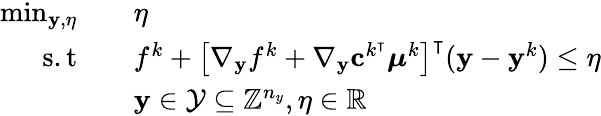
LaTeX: \begin{array}{rl}{\operatorname*{min}_{\mathbf{y},\eta}}&{\quad\eta}\\ {\mathrm{s.t}}&{\quad f^{k}+\left[\nabla_{\mathbf{y}}f^{k}+\nabla_{\mathbf{y}}\mathbf{c}^{k^{\intercal}}\boldsymbol{\mu}^{k}\right]^{\intercal}(\mathbf{y}-\mathbf{y}^{k})\leq\eta}\\ &{\quad\mathbf{y}\in\mathcal{Y}\subseteq\mathbb{Z}^{n_{y}},\eta\in\mathbb{R}}\end{array}